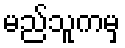
မည်သူကမှ